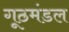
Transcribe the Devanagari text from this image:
गूठमंडल